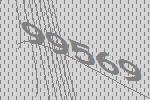
99569